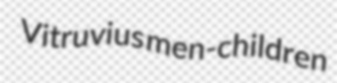
Vitruvius men-children